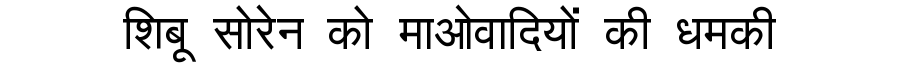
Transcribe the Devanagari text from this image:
शिबू सोरेन को माओवादियों की धमकी